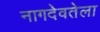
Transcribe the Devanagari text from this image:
नागदेवतेला